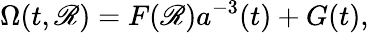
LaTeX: \Omega(t,\mathscr{R})=F(\mathscr{R})a^{-3}(t)+G(t),